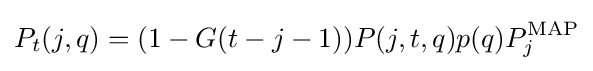
P_{t}(j,q)=(1-G(t-j-1))P(j,t,q)p(q)P_{j}^{\text{MAP}}